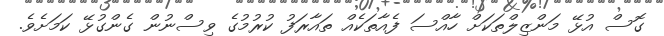
ގޮސް އުޅޭ މަންޒިލްތަކަށް ހާއްސަ ފެއާތަކެއް ތައާރަފު ކުރުމުގެ ވިސްނުން ގެންގުޅޭ ކަމަށެވެ.